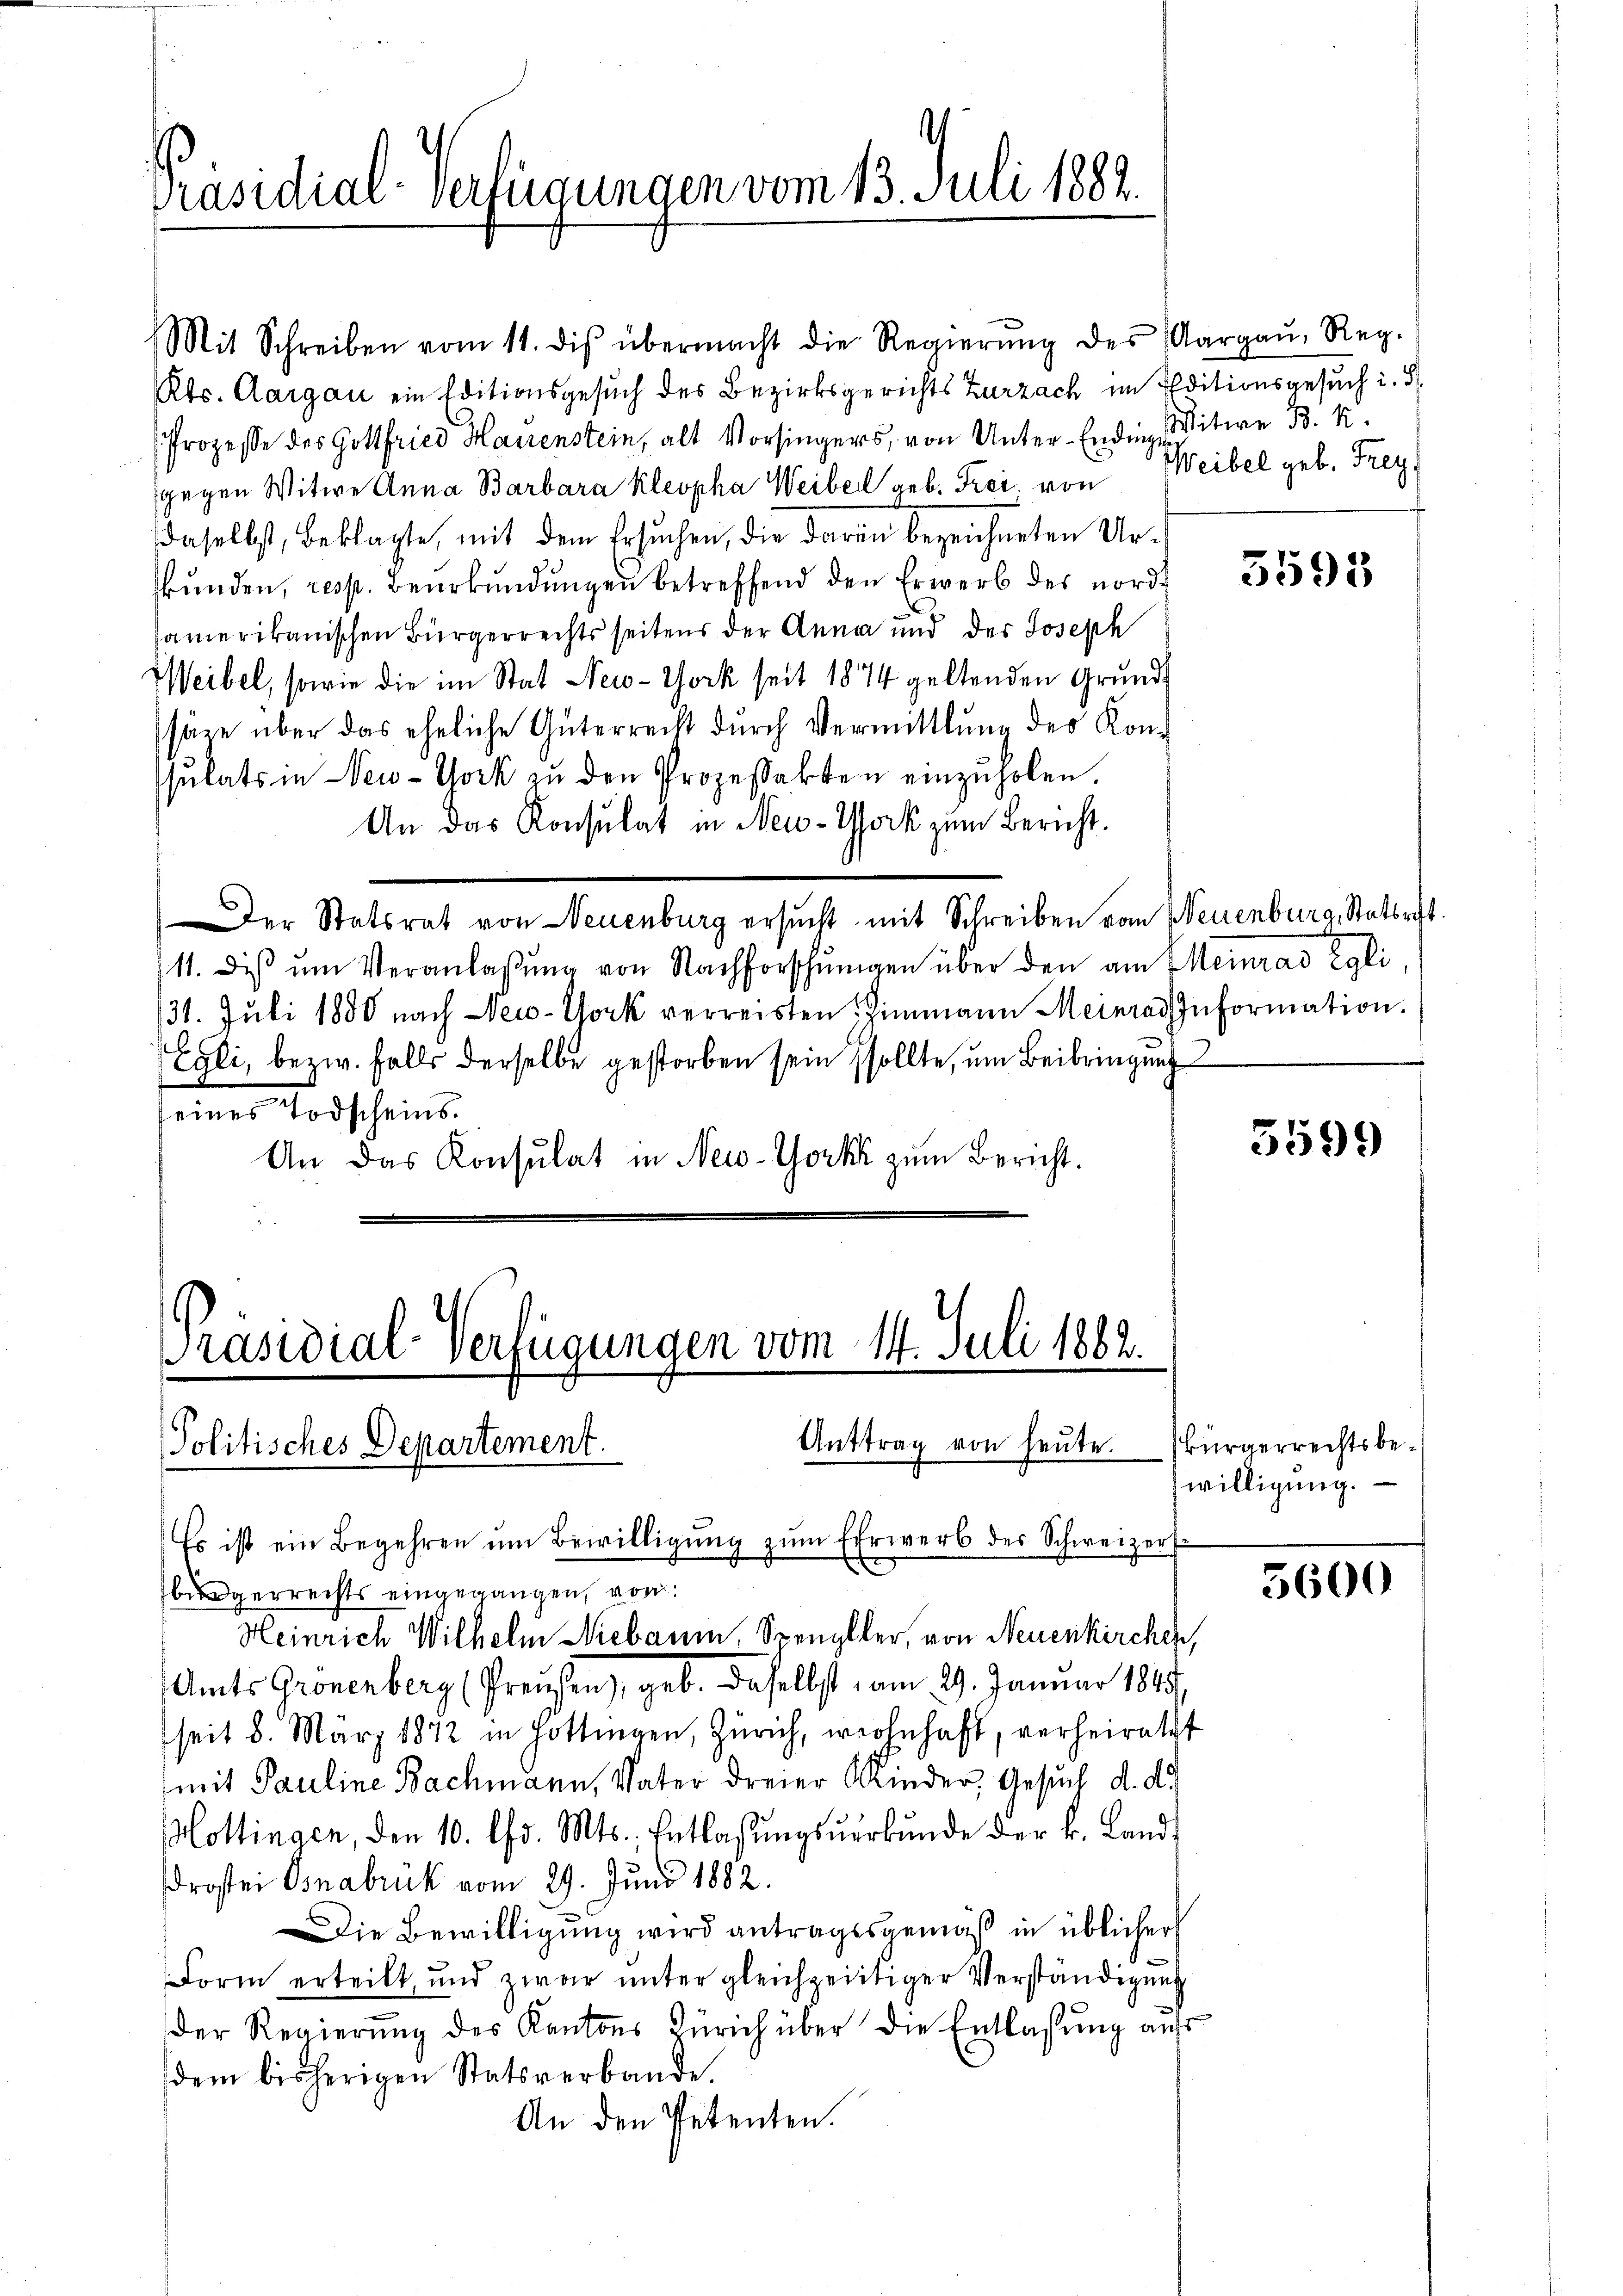
Präsidial-Verfügungen vom 13. Juli 1882.

Präsidial-Verfügungen vom 14. Juli 1882.
Anttrag von heute. (Bürgerrechtsbe¬
Politisches Departement.
Es ist ein Begehren ŭm Bewilligŭng zŭm Erwerb des Schweizers

bigerrechts eingegangen, von
Heinrich Wilhelm Niebaum, Spengller, von Neuenkirchen,
Amts Gronenberg (Preußen), geb. Daselbst, am 29. Januar 1849,
seit 8. März 18872 in Hottingen, Zürich, wohnhaft, verheiratet
mit Pauline Bachmann, Vater dreier Kinder, Gesuch d. d.
Hottingen, den 10. d. Mts., Entlassŭngsŭerkŭnde der k. Landdrostei Osnabrik vom 29. Juni 1882.
Die Bewilligung wird antragsgemäß in üblicher
Form erteilt, und zwar ŭnter gleichzeitiger Verständigŭng
der Regierung des Kantons Zürich über die Entlassung auf
dem bisherigen Statsverbande.
An den Petenten.

Mit Schreiben vom 11. dis übermacht die Regierŭng des Aargaŭ, Reg.
Kts. Aargau ein Editionsgesuch des Bezirksgerichts Zurzach im Editionsgesuch i. S
Prozesse des Gottfried Hauenstein, alt Vorsingers, von Unter-Ende Witwe B. K.
gegen Witwe Anna Barbara Kleopha Weibel geb. Frei von Weibel geb. Frey,
daselbst, beklagte, mit dem Ersuchen, die daran bezeichneten Urkunden, resp. Beurkundungen betreffend den Erwerb des nordsamerikanischen Bürgerrechts seitens der Anna und der Joseph
Weibel, sowie die im Stat New-York seit 1874 geltenden Grundsäne über das eheliche Güterrecht durch Vermittlung der Konsulats in New-York zu den Prozessakten einzuholen.
An das Konsulat in New-York zum Bericht.
Der Statsrat von Neuenburg ersucht mit Schreiben vom Neuenburg, Stattrift.
11. dis ŭm Veranlassŭng von Nachforschungen über den am Meinrad Egli
31. Juli 1890 nach New-York verreisten Zimmann Meinrad Information.
Egli, bezw. Falls derselbe gestorben sein sollte, um Beibringung
seines Todscheins.
An das Konsulat in New-York zum Bericht.

5595

5599

willigung.

5600